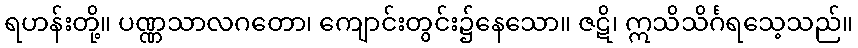
ရဟန်းတို့။ ပဏ္ဏသာလဂတော၊ ကျောင်းတွင်း၌နေသော။ ဇဋိ၊ ဣသိသိင်္ဂရသေ့သည်။